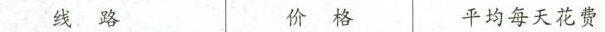
线 路 价 格 平均每天话费